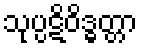
သုပ္ပဋိဝိဒ္ဓတ္တာ